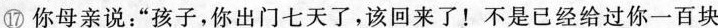
⑰你母亲说:“孩子,你出门七天了,该回来了!不是已经给过你一百块